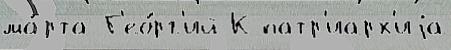
ма́рта Г'ео́рг'ий К патр'иарх'иjа